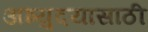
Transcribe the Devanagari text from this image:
अभ्युदयासाठी